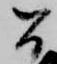
間